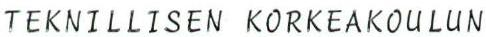
TEKNILLISEN KORKEAKOULUN